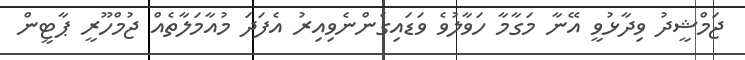
ޖަމްޝީދު ވިދާޅުވީ އޭނާ މަގާމާ ހަވާލުވެ ވަޑައިގެންނެވިއިރު އެފަދަ މުއާމަލާތެއް ޖުމްހޫރީ ޕާޓީން